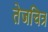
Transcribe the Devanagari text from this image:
तेजचित्र